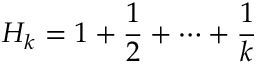
H _ { k } = 1 + { \frac { 1 } { 2 } } + \cdots + { \frac { 1 } { k } }